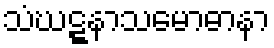
သံဃဋ္ဋနာသမောဓာနာ